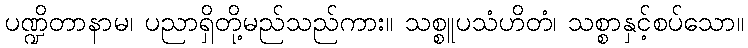
ပဏ္ဍိတာနာမ၊ ပညာရှိတို့မည်သည်ကား။ သစ္စူပသံဟိတံ၊ သစ္စာနှင့်စပ်သော။